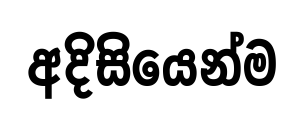
අදිසියෙන්ම